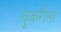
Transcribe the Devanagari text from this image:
कुकरौला